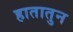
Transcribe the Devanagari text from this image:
हातातुन